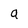
Character: a